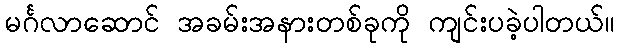
မင်္ဂလာဆောင် အခမ်းအနားတစ်ခုကို ကျင်းပခဲ့ပါတယ်။